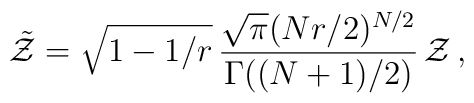
\tilde {\cal Z} = \sqrt{1-1/r}\, {\sqrt{\pi} (Nr/2)^{N/2}\over\Gamma ((N+1)/2)} \, {\cal Z}\, ,